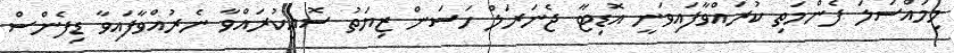
މިމައްސަލަ ފެންމަތި ކުރައްވާފައިވަނީ އޮޑިޓާ ޖެނަރަލް ހަސަން ޒިޔަތު ސޮއިކުރައްވާ ނެރުއްވާފައިވާ ޑިފެންސް